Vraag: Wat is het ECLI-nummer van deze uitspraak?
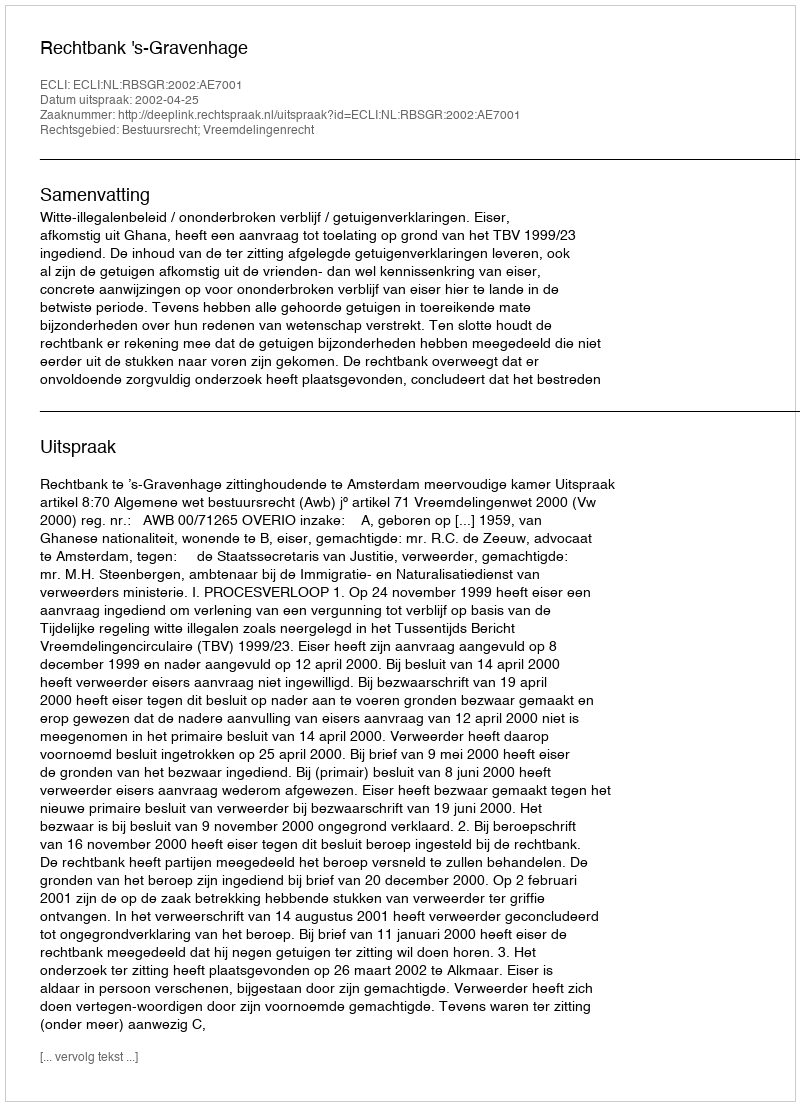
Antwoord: ECLI:NL:RBSGR:2002:AE7001